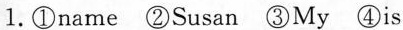
1.①name ②Susan ③My ④is